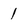
Character: 1